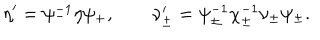
LaTeX: \eta ^ { \prime } = \psi _ { - } ^ { - 1 } \eta \psi _ { + } , \qquad \nu _ { \pm } ^ { \prime } = \psi _ { \pm } ^ { - 1 } \chi _ { \pm } ^ { - 1 } \nu _ { \pm } \psi _ { \pm } .